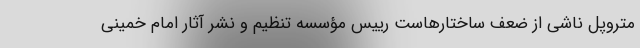
متروپل ناشی از ضعف ساختارهاست رییس مؤسسه تنظیم و نشر آثار امام خمینی